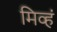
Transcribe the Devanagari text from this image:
मिव्हं